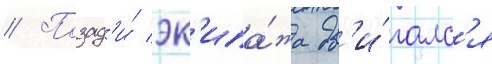
// Позад'и́ эк'ипа́жа дв'и́галс'я